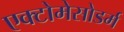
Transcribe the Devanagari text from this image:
एक्टोमेसोडर्म